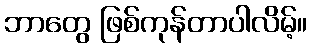
ဘာတွေ ဖြစ်ကုန်တာပါလိမ့်။